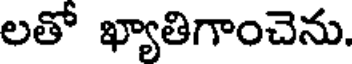
లతో ఖ్యాతిగాంచెను.